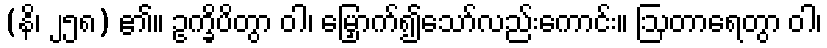
(နိ၊ ၂၅၈) ၏။ ဥက္ခိပိတွာ ဝါ၊ မြှောက်၍သော်လည်းကောင်း။ ဩတာရေတွာ ဝါ၊